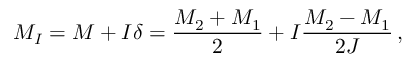
M _ { I } = M + I \delta = \frac { M _ { 2 } + M _ { 1 } } { 2 } + I \frac { M _ { 2 } - M _ { 1 } } { 2 J } \, ,